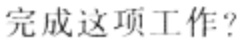
完成这项工作？